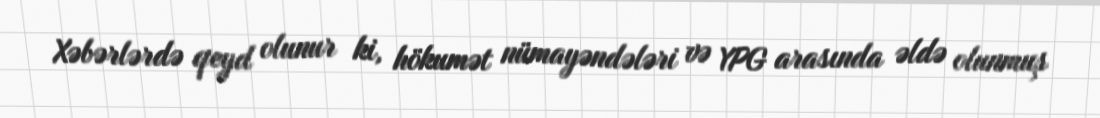
Xəbərlərdə qeyd olunur ki, hökumət nümayəndələri və YPG arasında əldə olunmuş